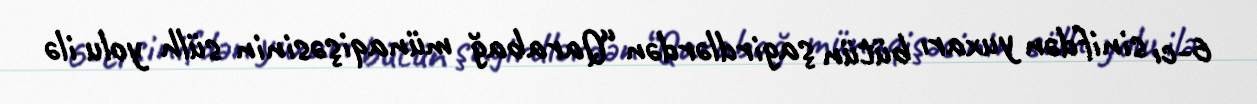
6-cı sinifdən yuxarı bütün şagirdlərdən “Qarabağ münaqişəsinin sülh yolu ilə